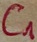
Text: C1